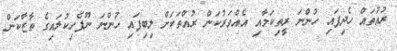
ރުއްތައް ހެދިފައި ހުންނަ ރީތިކަމާއި އެއްވަރުކަން ރުއްތަކަށް ލިބިފައި ހުންނަ ނޫފެހިކުލައިގެ ތާޒާކަން